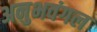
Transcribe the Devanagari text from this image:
अनुभवंगल